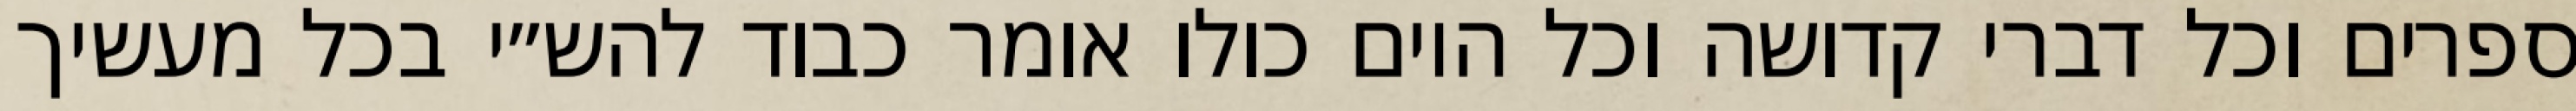
ספרים וכל דברי קדושה וכל היום כולו אומר כבוד להש״י בכל מעשיך